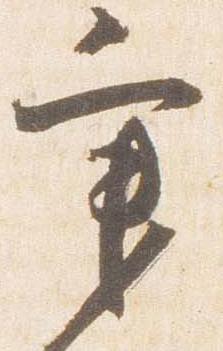
秉